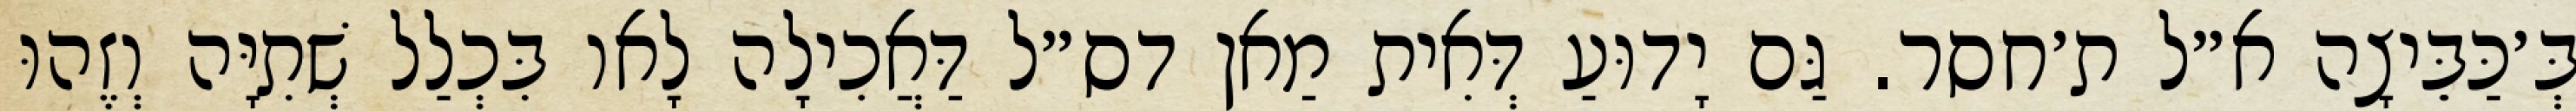
בְּ׳כַּבֵּיצָה א״ל ת׳חסר. גַּם יָדוּעַ דְּאִית מַאן דס״ל דַּאֲכִילָה לָאו בִּכְלַל שְׁתִיָּה וְזֶהוּ